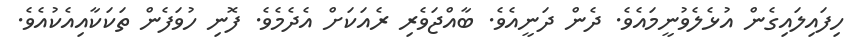
ހިފައިލައިގެން އުޅެލެވުނީމައެވެ. ދެން ދަނީއެވެ. ބާއްޖަވެރި ރެއަކަށް އެދެމެވެ. ފޮނި ހުވަފެން ތަކަކާއިއެކުއެވެ.